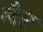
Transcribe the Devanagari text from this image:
नैर